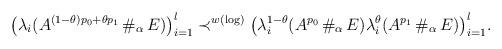
LaTeX: \begin{align*}\bigl(\lambda_i(A^{(1-\theta)p_0+\theta p_1}\,\#_\alpha\,E)\bigr)_{i=1}^l\prec^{w(\log)}\bigl(\lambda_i^{1-\theta}(A^{p_0}\,\#_\alpha\,E)\lambda_i^\theta(A^{p_1}\,\#_\alpha\,E)\bigr)_{i=1}^l.\end{align*}